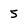
Character: 5